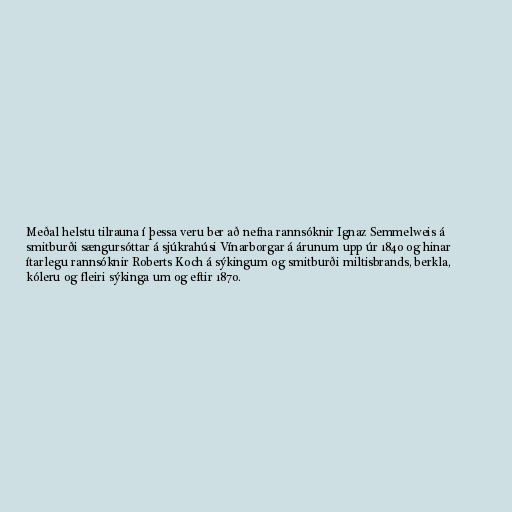
Meðal helstu tilrauna í þessa veru ber að nefna rannsóknir Ignaz Semmelweis á
smitburði sængursóttar á sjúkrahúsi Vínarborgar á árunum upp úr 1840 og hinar
ítarlegu rannsóknir Roberts Koch á sýkingum og smitburði miltisbrands, berkla,
kóleru og fleiri sýkinga um og eftir 1870.